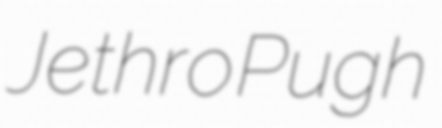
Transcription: Jethro Pugh